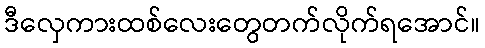
ဒီလှေကားထစ်လေးတွေတက်လိုက်ရအောင်။